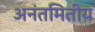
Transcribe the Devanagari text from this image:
अनंतमितीय